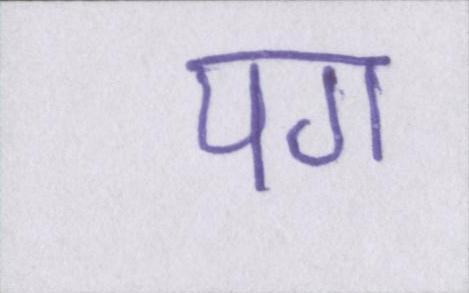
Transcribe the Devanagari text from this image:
पग